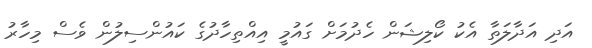
އަދި އަދާލަތާ އެކު ކޯލިޝަން ހެދުމަށް ގައުމީ އިއްތިހާދުގެ ކައުންސިލުން ވެސް މިހާރު